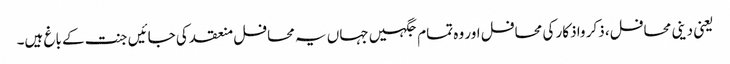
یعنی دینی محافل، ذکر واذکار کی محافل اور وہ تمام جگہیں جہاں یہ محافل منعقد کی جائیں جنت کے باغ ہیں۔